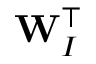
\mathbf { W } _ { I } ^ { \top }